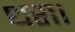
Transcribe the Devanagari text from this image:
धरा।